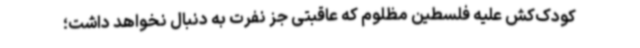
کودک‌کش علیه فلسطین مظلوم که عاقبتی جز نفرت به دنبال نخواهد داشت؛